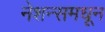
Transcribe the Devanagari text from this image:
नेशन्समधून